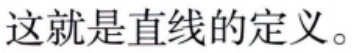
这就是直线的定义。